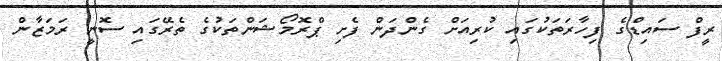
ރީފް ސައިޑްގެ ފިހާރަތަކުގައި ކުރިއަށް ގެންދަން ފެށި ޕްރޮމޯޝަންތަކުގެ ތެރޭގައި ސޮނީ ރަމަޒާން